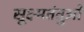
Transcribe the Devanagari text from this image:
सूक्ष्मतंतुओं